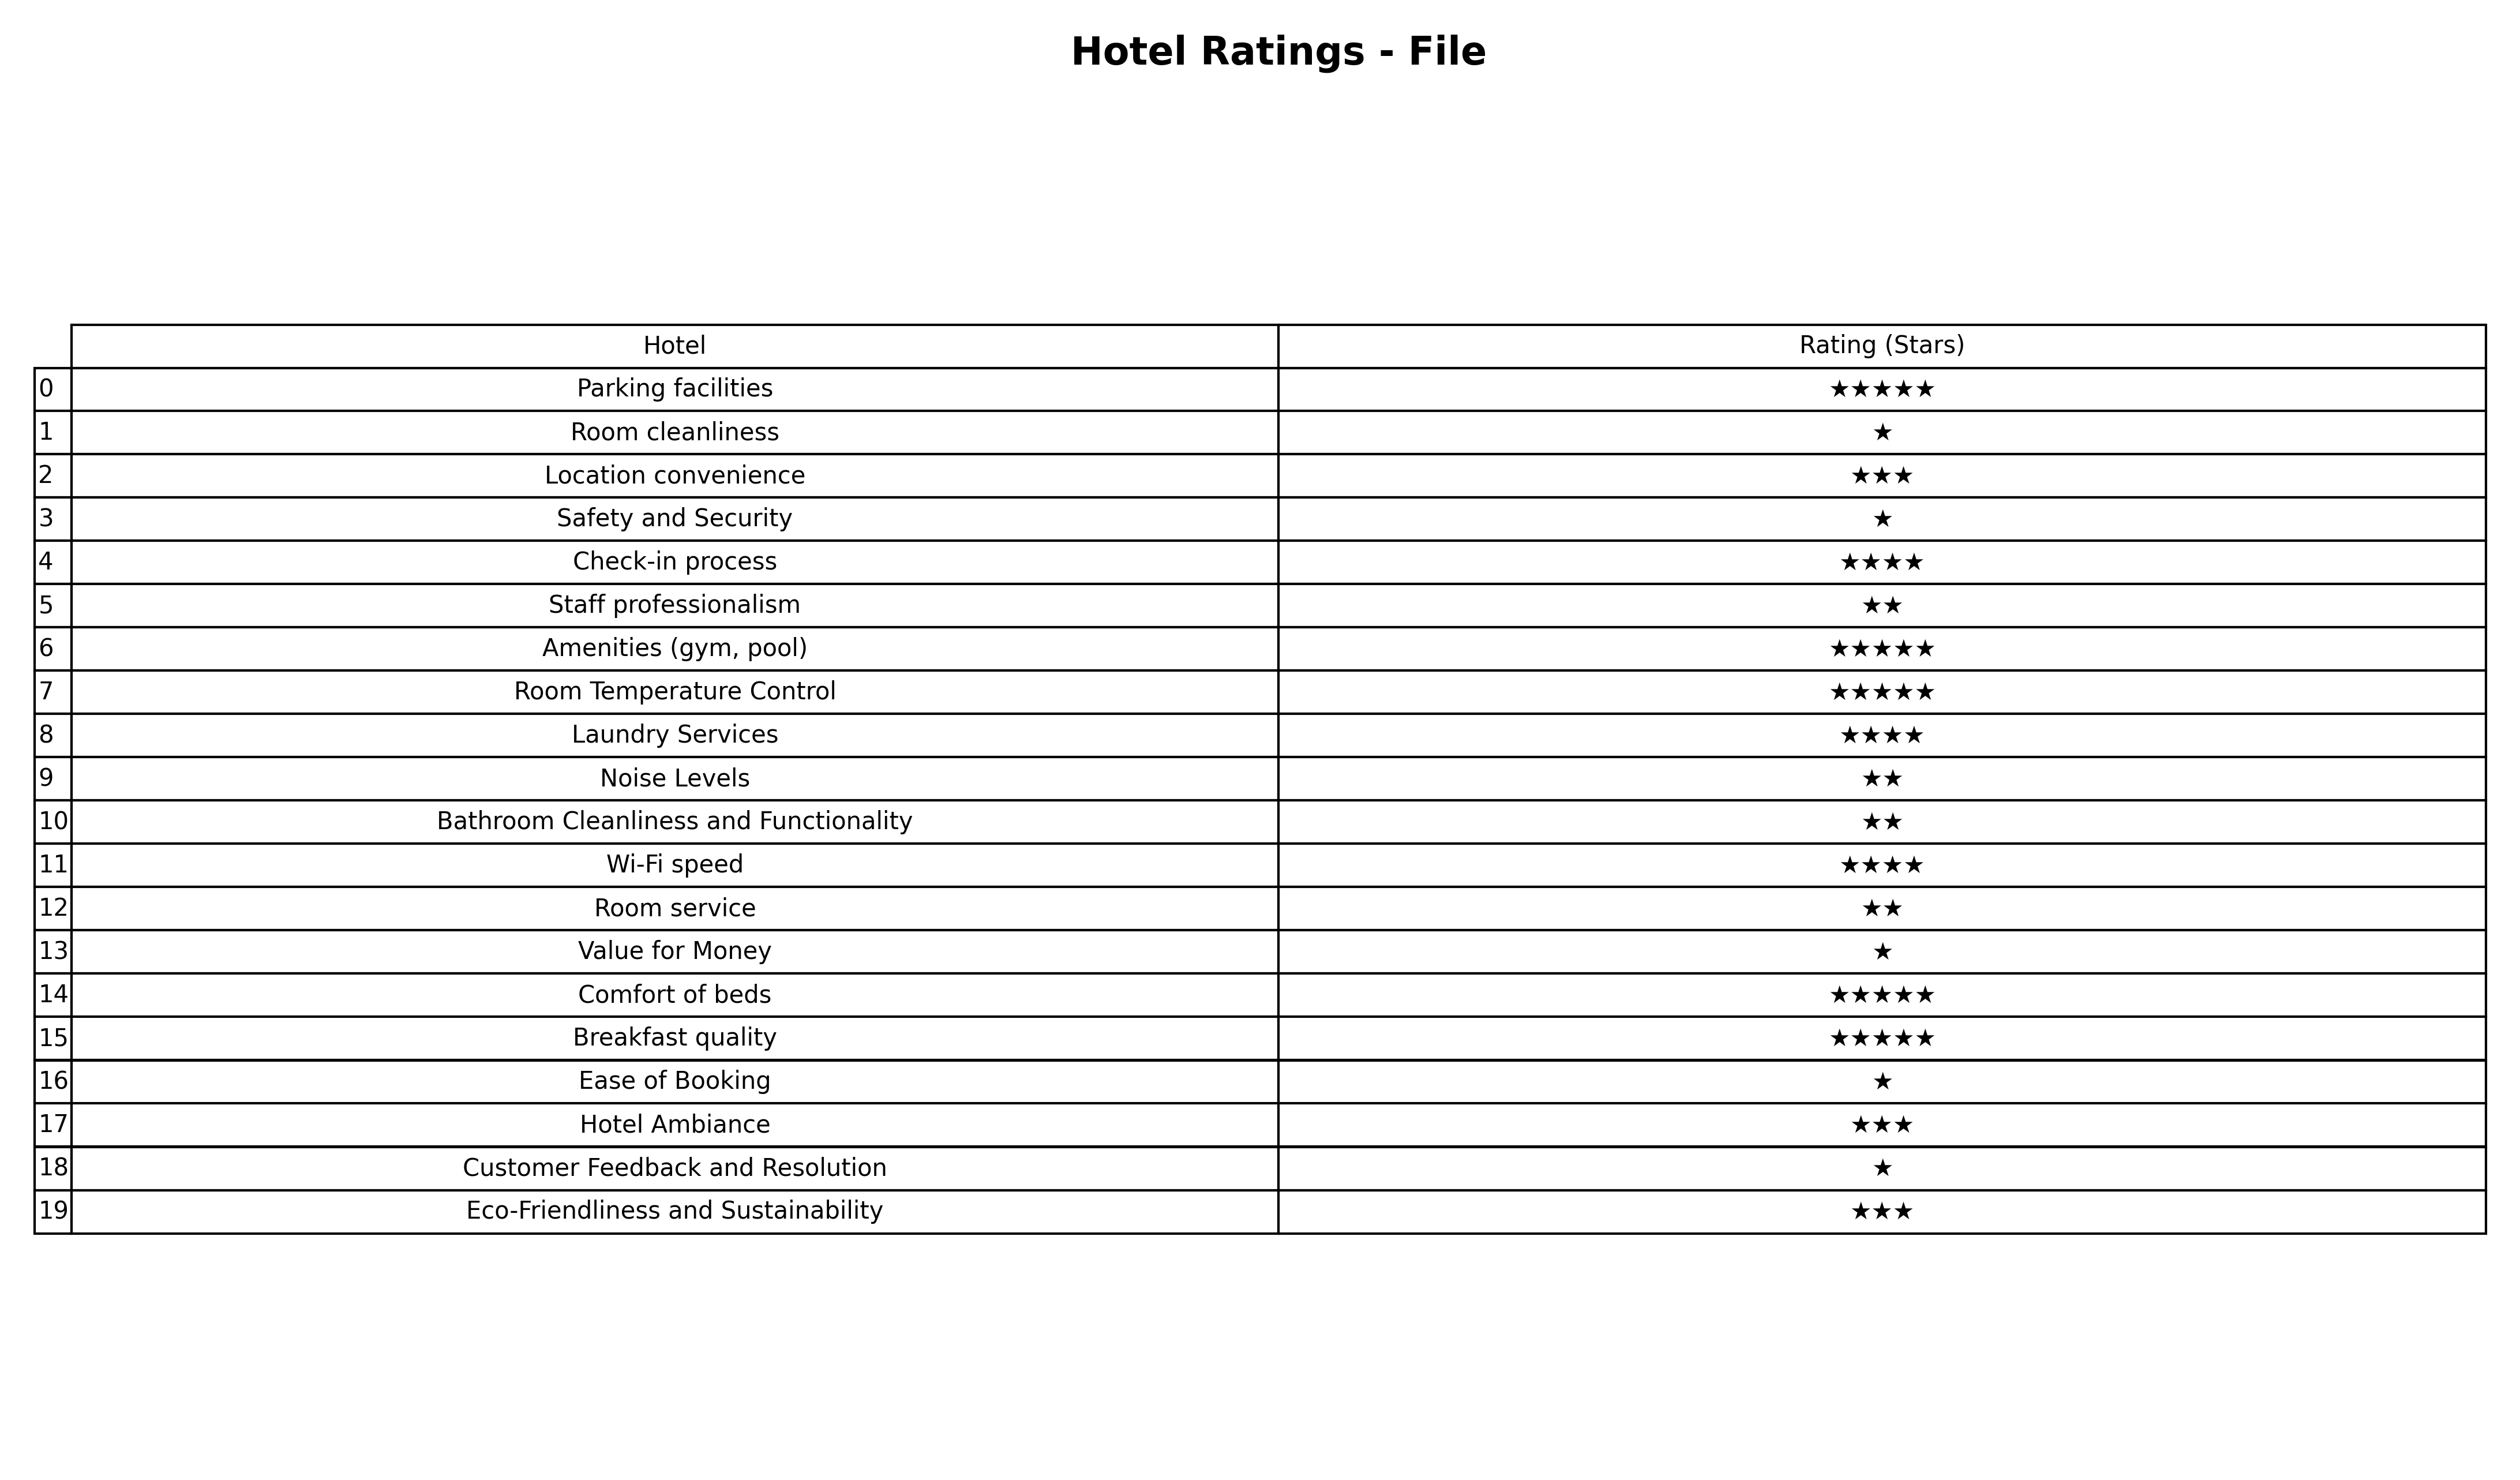
question: Which services are rated average?
answer: Location convenienceHotel AmbianceEco-Friendliness and Sustainability